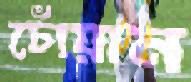
চোঁয়ান